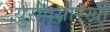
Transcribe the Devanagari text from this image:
युरोपसारखी